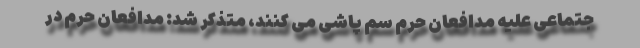
جتماعی علیه مدافعان حرم سم پاشی می کنند، متذکر شد: مدافعان حرم در